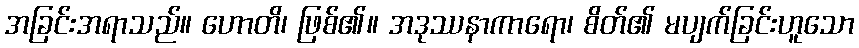
အခြင်းအရာသည်။ ဟောတိ၊ ဖြစ်၏။ အဒုဿနာကာရော၊ စိတ်၏ မပျက်ခြင်းဟူသော